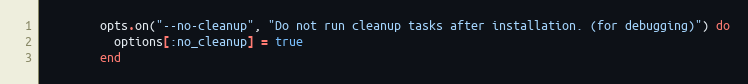
Language: Ruby
        opts.on("--no-cleanup", "Do not run cleanup tasks after installation. (for debugging)") do
          options[:no_cleanup] = true
        end